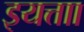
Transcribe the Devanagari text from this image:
इयत्ताा